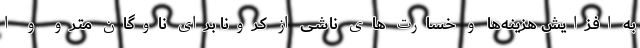
به افزایش هزینه‌ها و خسارت های ناشی از کرونا برای ناوگان مترو و ا